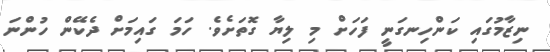
ނިޒާމުގައި ކަންހިނގަނީ ފަހަށް މި ލިޔާ ގޮތަށެވެ. ހަމަ ގައިމަށް ދެކޭން ހުންނަ